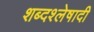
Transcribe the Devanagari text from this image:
शब्दश्लेषादी